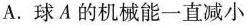
A.球A的机械能一直减小